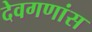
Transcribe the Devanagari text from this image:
देवगणांस